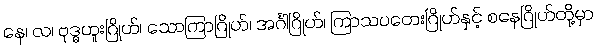
နေ၊ လ၊ ဗုဒ္ဓဟူးဂြိုဟ်၊ သောကြာဂြိုဟ်၊ အင်္ဂါဂြိုဟ်၊ ကြာသပတေးဂြိုဟ်နှင့် စနေဂြိုဟ်တို့မှာ